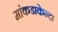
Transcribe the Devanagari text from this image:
मांकडाकेन्दा